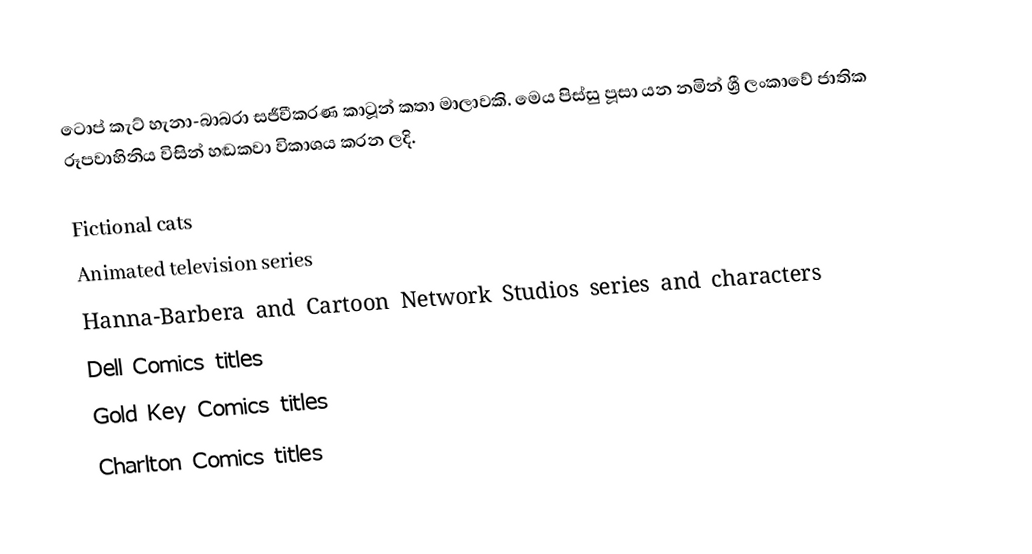
ටොප් කැට් හැනා-බාබරා සජීවීකරණ කාටූන් කතා මාලාවකි. මෙය පිස්සු පූසා යන නමින් ශ්‍රී ලංකාවේ ජාතික රූපවාහිනිය විසින් හඬකවා විකාශය කරන ලදි.

Fictional cats
Animated television series
Hanna-Barbera and Cartoon Network Studios series and characters
Dell Comics titles
Gold Key Comics titles
Charlton Comics titles